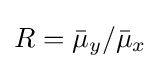
R={\bar {\mu }}_{y}/{\bar {\mu }}_{x}